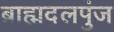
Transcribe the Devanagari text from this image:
ब्राह्मदलपुंज